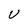
Character: U